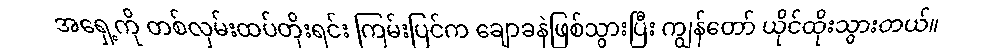
အရှေ့ကို တစ်လှမ်းထပ်တိုးရင်း ကြမ်းပြင်က ချောခနဲဖြစ်သွားပြီး ကျွန်တော် ယိုင်ထိုးသွားတယ်။